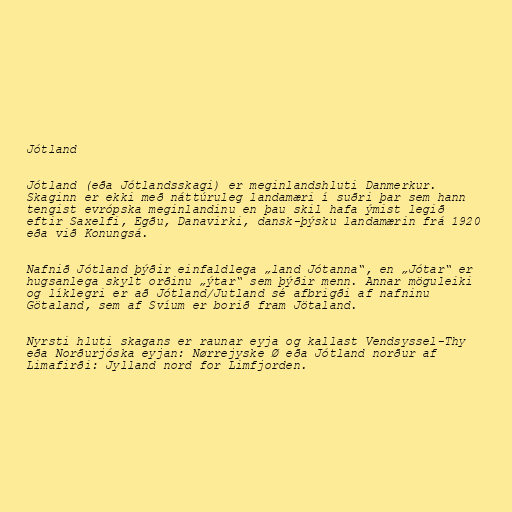
Jótland

Jótland (eða Jótlandsskagi) er meginlandshluti Danmerkur.
Skaginn er ekki með náttúruleg landamæri í suðri þar sem hann
tengist evrópska meginlandinu en þau skil hafa ýmist legið
eftir Saxelfi, Egðu, Danavirki, dansk-þýsku landamærin frá 1920
eða við Konungsá.

Nafnið Jótland þýðir einfaldlega „land Jótanna“, en „Jótar“ er
hugsanlega skylt orðinu „ýtar“ sem þýðir menn. Annar möguleiki
og líklegri er að Jótland/Jutland sé afbrigði af nafninu
Götaland, sem af Svíum er borið fram Jötaland.

Nyrsti hluti skagans er raunar eyja og kallast Vendsyssel-Thy
eða Norðurjóska eyjan: Nørrejyske Ø eða Jótland norður af
Limafirði: Jylland nord for Limfjorden.